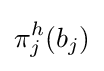
\pi _{j}^{h}(b_{j})